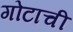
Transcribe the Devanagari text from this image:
गोटाची